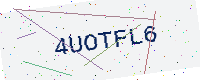
Text: 4UOTFL6